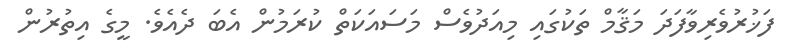
ފަޚުރުވެރިވާފަދަ މަޤާމް ތަކުގައި މިއަދުވެސް މަސައަކަތް ކުރަމުން އެބަ ދެއެވެ. މީގެ އިތުރުން